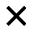
\times